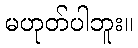
မဟုတ်ပါဘူး။